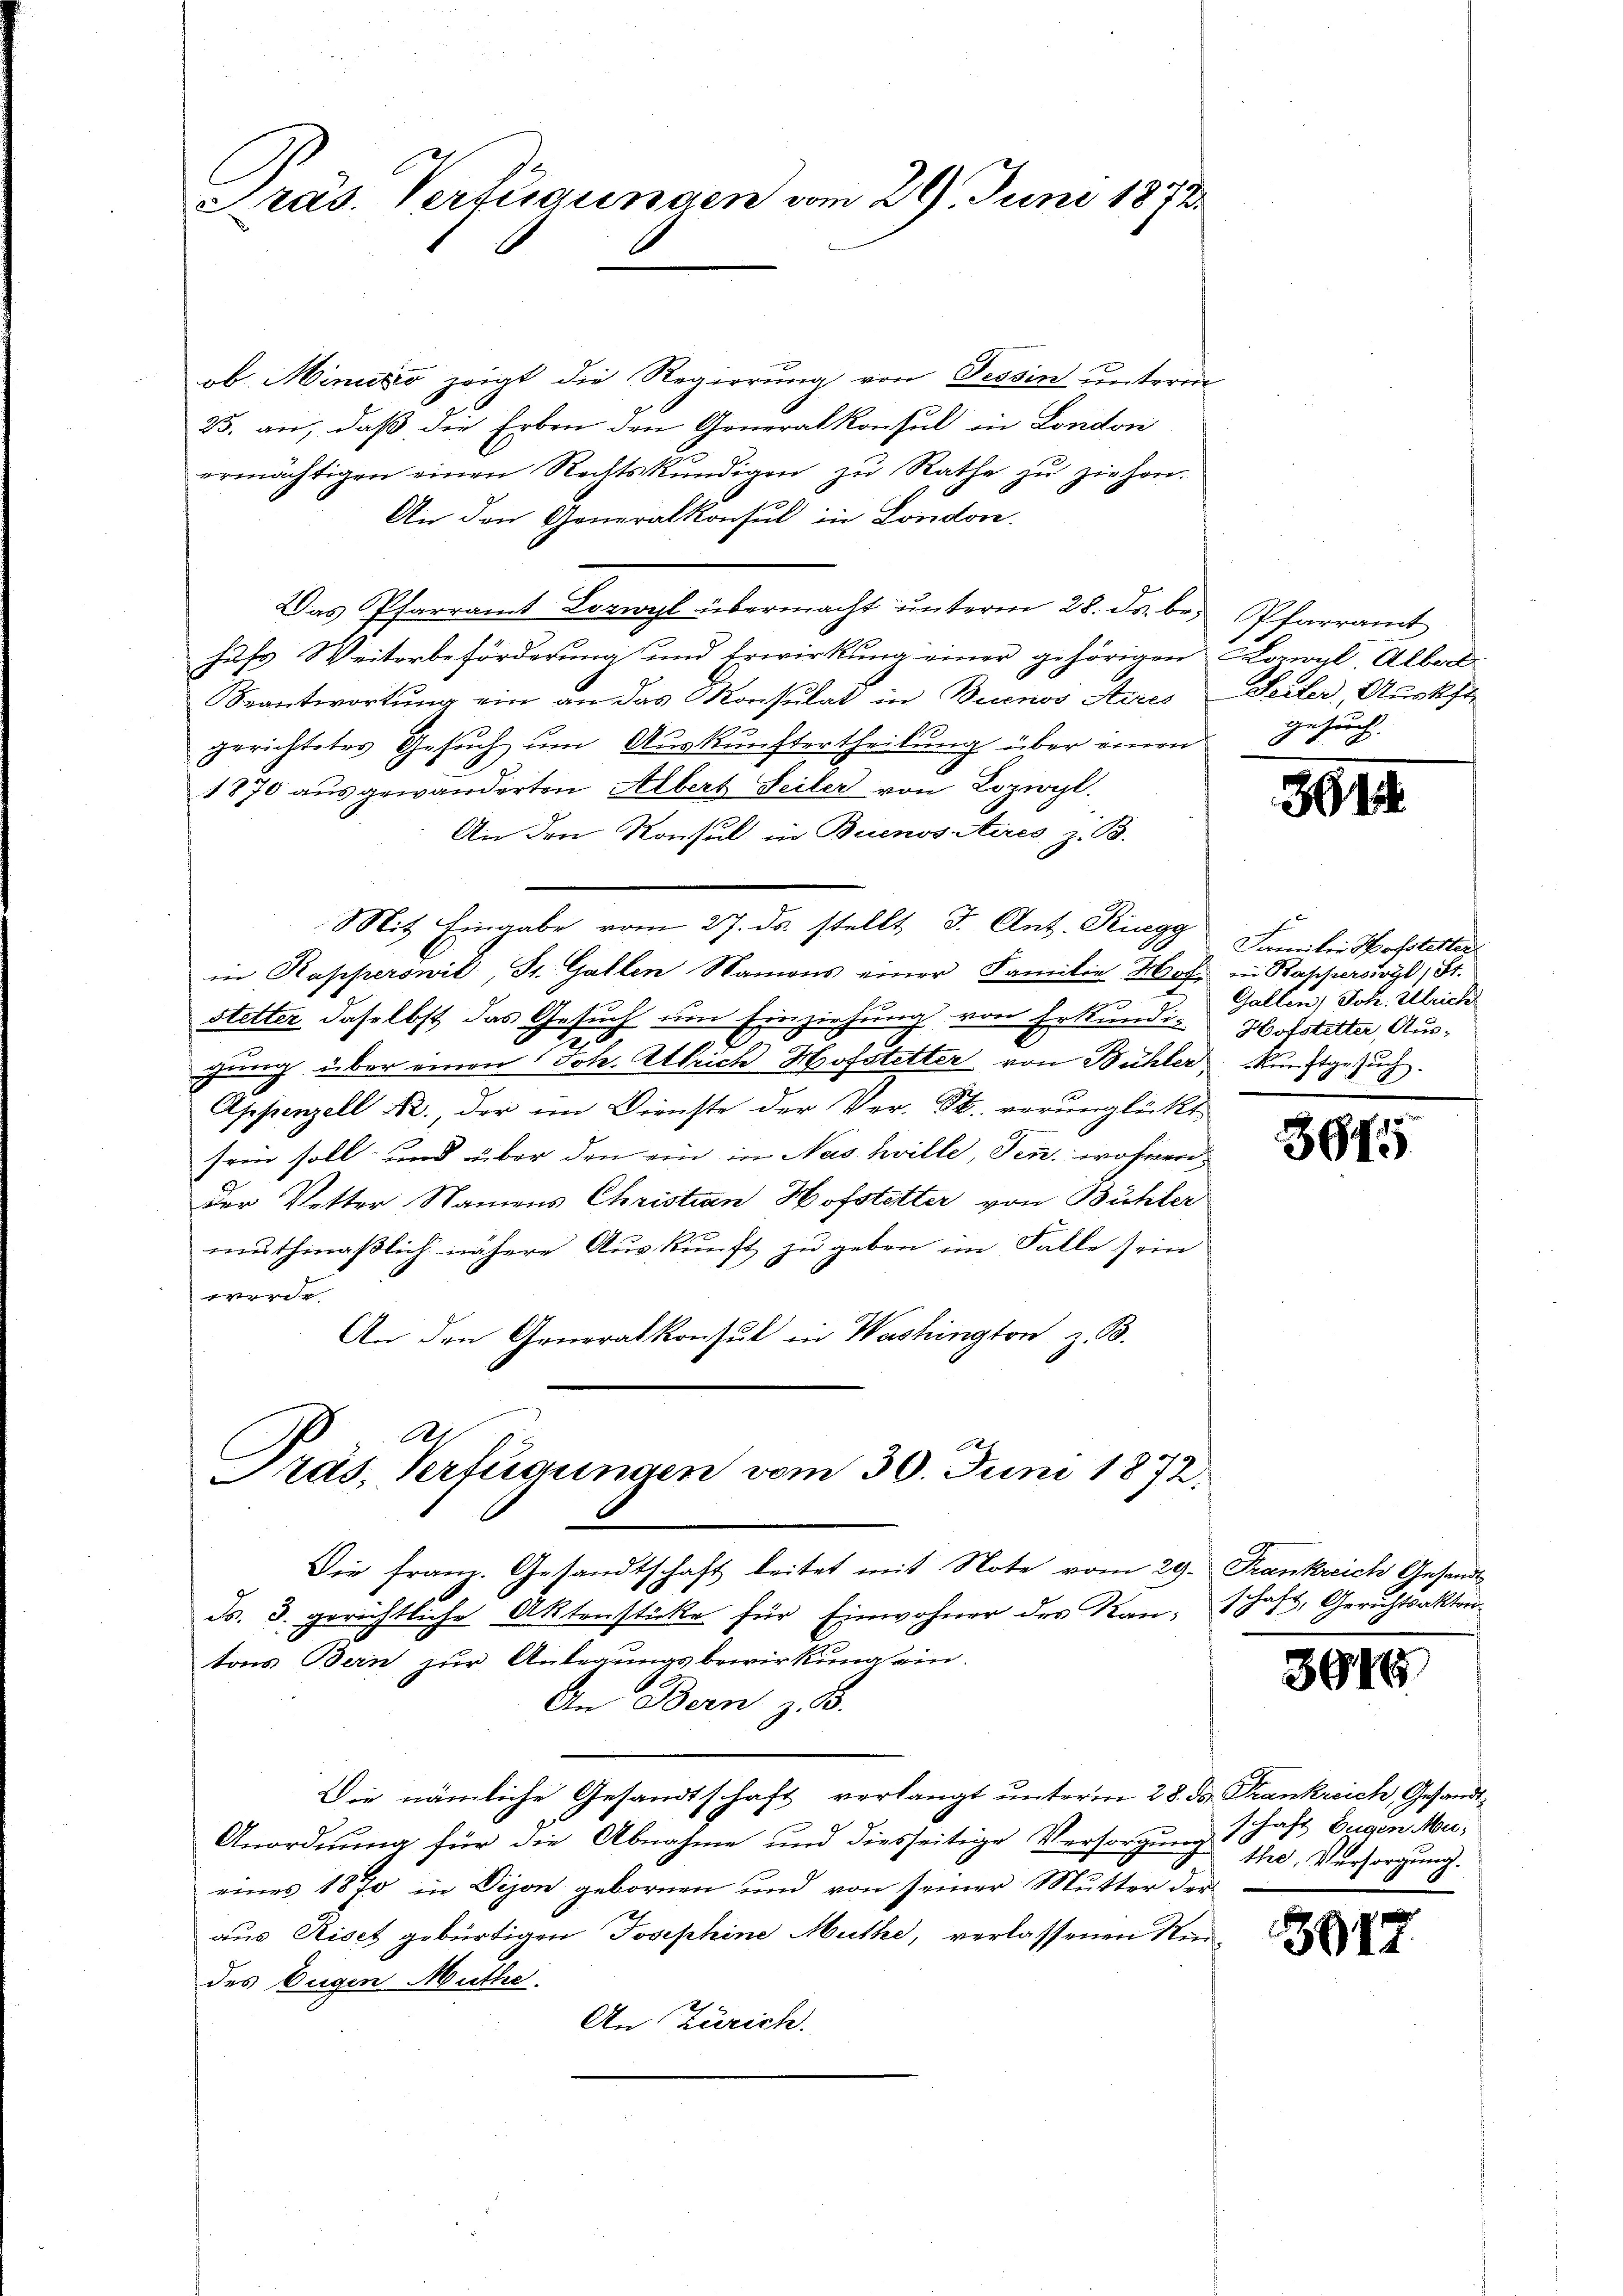
Präs. Verfügungen vom 29. Juni 1872

ob Minuto zeigt die Regierung von Tessin unterm
25. an, daß die Erben den Generalkonsul in London
ermächtigen einen Rechtskündigen zu Rathe zŭ ziehen.
An den Generalkonsul in London.
Das Pfarramt Lorwyl übermacht ŭnterm 28. ds. br. Pfarramt
hufs Weiterbeförderung und Erwirkung einer gehörigen Kompl, Albert
Beantwortung ein an das Konsulat in Buenos Aires Seiter, Austhe
gerichtetes Gesuch um Auskunftertheilung über einen Gesuch
1870 ausgewanderten Albert Seiler von Lozwyl.
An den Konsul in Buenositires z. B.
Mit Eingabe vom 27. ds. stellt J. Ant. Ringg
in Kapperswil, St. Gallen Namens einer Familie Moch in Rapperswyl, St.
a
stetter daselbst das Gesuch um Einziehung von Erkundigung über einen Joh. Ulrich Hofstetter von Bühler Kunstgesŭch.
Appenzell A., der im Dienste der Ver- St. verunglückt
fren soll und über den ein in Nashville, den wohnen
Der Vetter Namens Christian Hofstetter von Bühler
muthmaßlich nähere Auskunft zu geben im Falle sein
werde
An den Generalkonsul in Washington z. B.
A1

Pras, Verfügungen vom 30. Juni 1872.

Die franz. Gesandtschaft leitet mit Note vom 29. Frankreich Gesandt
ds. 3. gerichtliche Aktenstücke für Einwohner des Rau, schaft, Gerichtsaktentons Bern zur Anlegungsbewirkung ein
An Bern z. B.
Die nämliche Gesandtschaft verlangt ŭnterm 28. ds. Frankreich, Gesandt
Anordnung für die Abnahme und diesseitige Versorgŭng 1 hast Eugen Mueines 1870 in Dison gebornen und von seiner Mutter der
aus Riset gebürtigen Josephine Muthe, verlassenen Rei-
des Eugen Muthe
An Zürich.

3014

Familie Hofstetter
Gallen, Joh. Ulrich
Hofstetter, Aus¬

3915

3616

the, Versorgung.

312